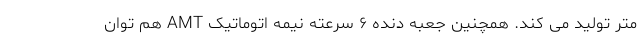
متر تولید می کند. همچنین جعبه دنده ۶ سرعته نیمه اتوماتیک AMT هم توان